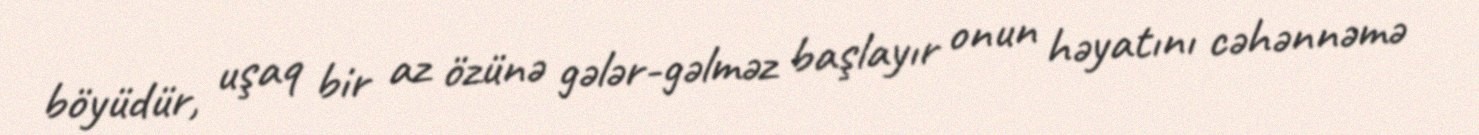
böyüdür, uşaq bir az özünə gələr-gəlməz başlayır onun həyatını cəhənnəmə